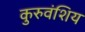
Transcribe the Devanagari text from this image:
कुरुवंशिय